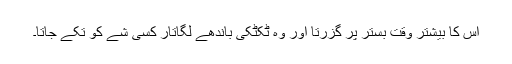
اس کا بیشتر وقت بستر پر گزرتا اور وہ ٹکٹکی باندھے لگاتار کسی شے کو تکے جاتا۔